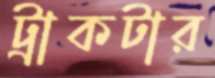
ট্রাকটার